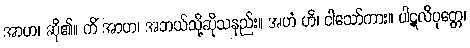
အာဟ၊ ဆို၏။ ကိံ အာဟ၊ အဘယ်သို့ဆိုသနည်း။ အဟံ ဟိ၊ ငါသော်ကား။ ပါဋလိပုတ္တေ၊